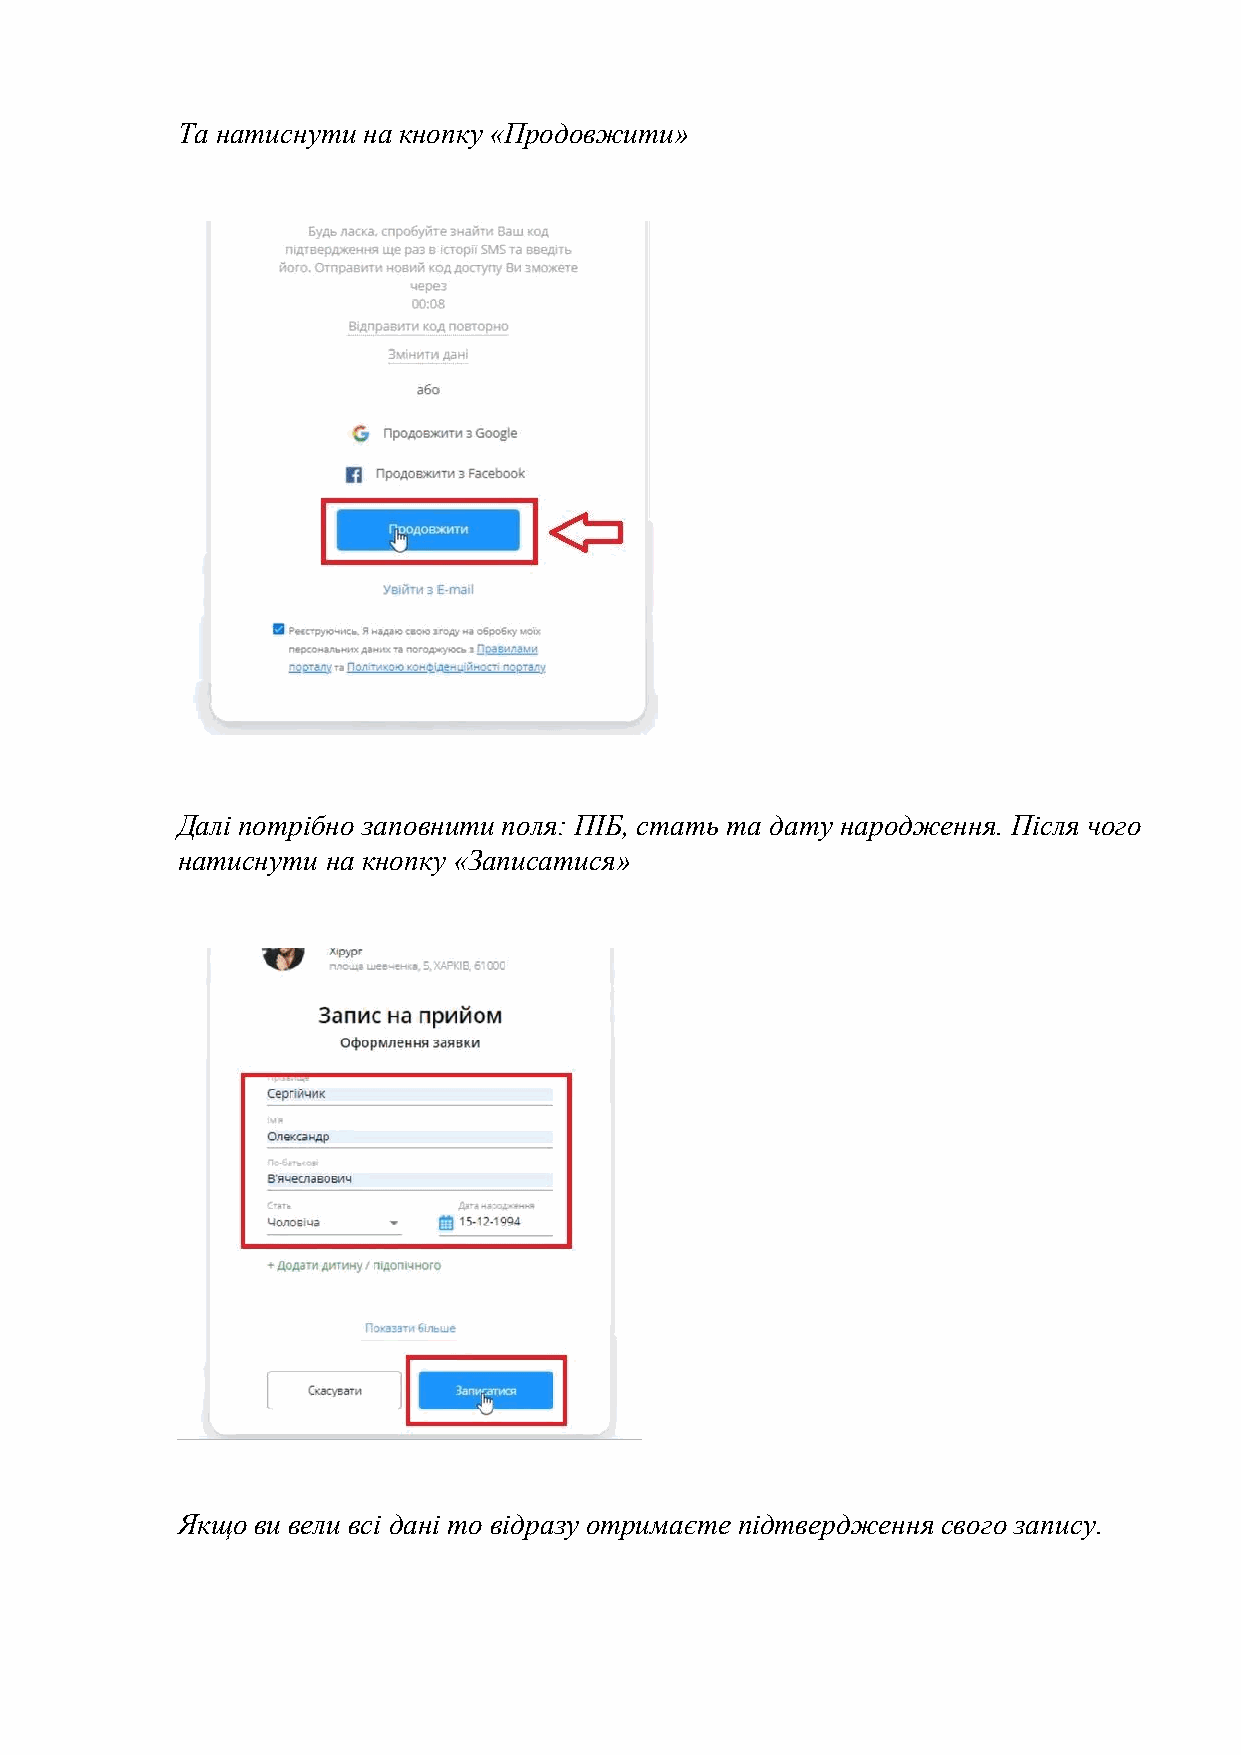
Та натиснути на кнопку «Продовжити»
 Далі потрібно заповнити поля: ПІБ, стать та дату народження. Після чого
 натиснути на кнопку «Записатися»
 Якщо ви вели всі дані то відразу отримаєте підтвердження свого запису.